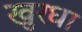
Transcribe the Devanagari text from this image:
खुरधा